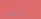
بالتأكيد